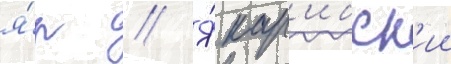
я́р // Я́ кар'ибск'ии